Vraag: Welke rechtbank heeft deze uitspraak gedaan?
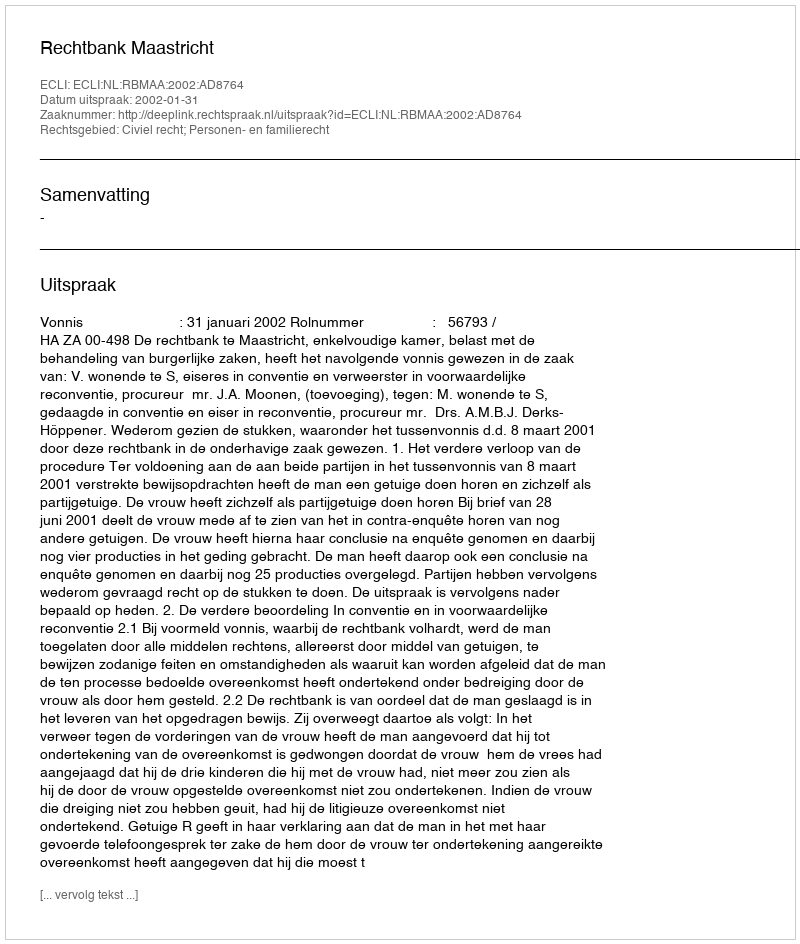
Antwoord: Rechtbank Maastricht